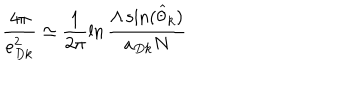
LaTeX: \frac { 4 \pi } { e _ { D k } ^ { 2 } } \simeq \frac { 1 } { 2 \pi } \ln \frac { \Lambda \sin ( \widehat { \theta } _ { k } ) } { a _ { D k } N }